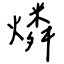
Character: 燐